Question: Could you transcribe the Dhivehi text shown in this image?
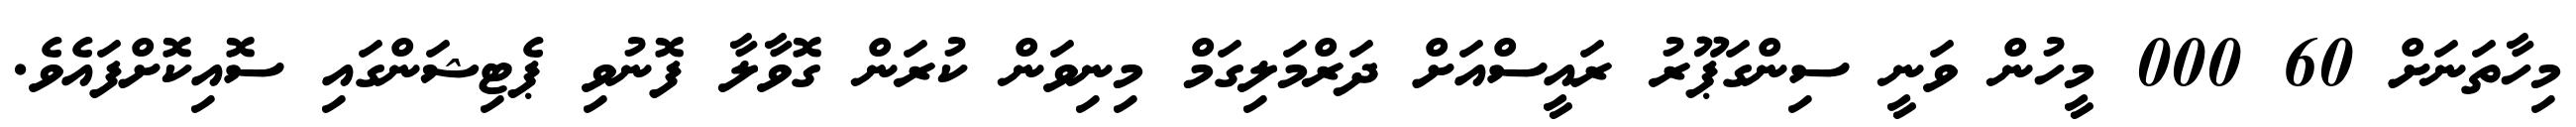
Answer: މިހާތަނަށް 60 000 މީހުން ވަނީ ސިންގަޕޫރު ރައީސްއަށް ދަރްމަލިގަމް މިނިވަން ކުރަން ގޮވާލާ ފޮނުވި ޕެޓިޝަންގައި ސޮއިކޮށްފައެވެ.